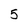
Character: 5